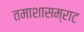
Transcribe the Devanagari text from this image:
तमाशासम्राट